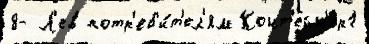
8- Л'ев потр'еб'и́т'ел'ям Конт'ейн'ер1